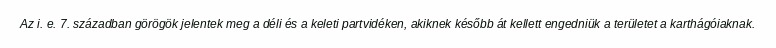
Az i. e. 7. században görögök jelentek meg a déli és a keleti partvidéken, akiknek később át kellett engedniük a területet a karthágóiaknak.